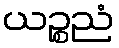
ယဉ္စညံ